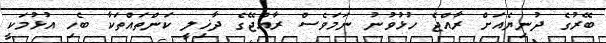
ބޭރުގެ ދުނިޔެއަށް ރާއްޖެ ހުޅުވުނު ނަމަވެސް ރާއްޖޭގެ ދާޚިލީ ކަންތައްތަކާ ބެހި އުޅުމަކީ